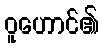
ဝူဟောင်၏